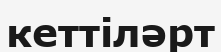
кеттіләрт